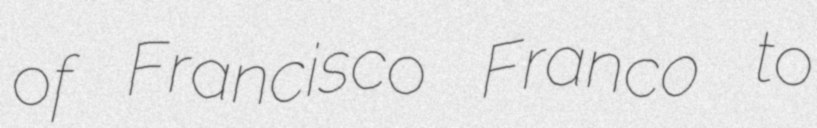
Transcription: of Francisco Franco to